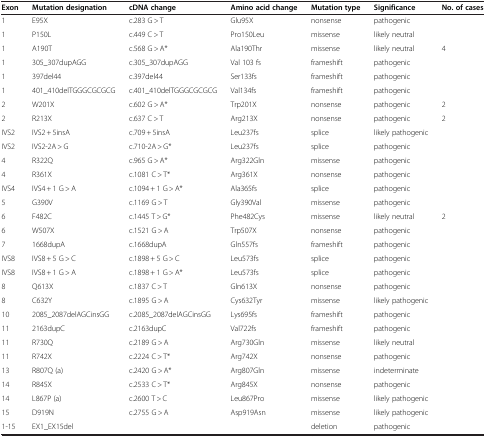
<table><thead><tr><td><b>Exon</b></td><td><b>Mutation designation</b></td><td><b>cDNA change</b></td><td><b>Amino acid change</b></td><td><b>Mutation type</b></td><td><b>Significance</b></td><td><b>No. of cases</b></td></tr></thead><tbody><tr><td>1</td><td>E95X</td><td>c.283 G &gt; T</td><td>Glu95X</td><td>nonsense</td><td>pathogenic</td><td> </td></tr><tr><td>1</td><td>P150L</td><td>c.449 C &gt; T</td><td>Pro150Leu</td><td>missense</td><td>likely neutral</td><td> </td></tr><tr><td>1</td><td>A190T</td><td>c.568 G &gt; A*</td><td>Ala190Thr</td><td>missense</td><td>likely neutral</td><td>4</td></tr><tr><td>1</td><td>305_307dupAGG</td><td>c.305_307dupAGG</td><td>Val 103 fs</td><td>frameshift</td><td>pathogenic</td><td> </td></tr><tr><td>1</td><td>397del44</td><td>c.397del44</td><td>Ser133fs</td><td>frameshift</td><td>pathogenic</td><td> </td></tr><tr><td>1</td><td>401_410delTGGGCGCGCG</td><td>c.401_410delTGGGCGCGCG</td><td>Val134fs</td><td>frameshift</td><td>pathogenic</td><td> </td></tr><tr><td>2</td><td>W201X</td><td>c.602 G &gt; A*</td><td>Trp201X</td><td>nonsense</td><td>pathogenic</td><td>2</td></tr><tr><td>2</td><td>R213X</td><td>c.637 C &gt; T</td><td>Arg213X</td><td>nonsense</td><td>pathogenic</td><td>2</td></tr><tr><td>IVS2</td><td>IVS2 + 5insA</td><td>c.709 + 5insA</td><td>Leu237fs</td><td>splice</td><td>likely pathogenic</td><td> </td></tr><tr><td>IVS2</td><td>IVS2-2A &gt; G</td><td>c.710-2A &gt; G*</td><td>Leu237fs</td><td>splice</td><td>pathogenic</td><td> </td></tr><tr><td>4</td><td>R322Q</td><td>c.965 G &gt; A*</td><td>Arg322Gln</td><td>missense</td><td>pathogenic</td><td> </td></tr><tr><td>4</td><td>R361X</td><td>c.1081 C &gt; T*</td><td>Arg361X</td><td>nonsense</td><td>pathogenic</td><td> </td></tr><tr><td>IVS4</td><td>IVS4 + 1 G &gt; A</td><td>c.1094 + 1 G &gt; A*</td><td>Ala365fs</td><td>splice</td><td>pathogenic</td><td> </td></tr><tr><td>5</td><td>G390V</td><td>c.1169 G &gt; T</td><td>Gly390Val</td><td>missense</td><td>pathogenic</td><td> </td></tr><tr><td>6</td><td>F482C</td><td>c.1445 T &gt; G*</td><td>Phe482Cys</td><td>missense</td><td>likely neutral</td><td>2</td></tr><tr><td>6</td><td>W507X</td><td>c.1521 G &gt; A</td><td>Trp507X</td><td>nonsense</td><td>pathogenic</td><td> </td></tr><tr><td>7</td><td>1668dupA</td><td>c.1668dupA</td><td>Gln557fs</td><td>frameshift</td><td>pathogenic</td><td> </td></tr><tr><td>IVS8</td><td>IVS8 + 5 G &gt; C</td><td>c.1898 + 5 G &gt; C</td><td>Leu573fs</td><td>splice</td><td>pathogenic</td><td> </td></tr><tr><td>IVS8</td><td>IVS8 + 1 G &gt; A</td><td>c.1898 + 1 G &gt; A*</td><td>Leu573fs</td><td>splice</td><td>pathogenic</td><td> </td></tr><tr><td>8</td><td>Q613X</td><td>c.1837 C &gt; T</td><td>Gln613X</td><td>nonsense</td><td>pathogenic</td><td> </td></tr><tr><td>8</td><td>C632Y</td><td>c.1895 G &gt; A</td><td>Cys632Tyr</td><td>missense</td><td>likely pathogenic</td><td> </td></tr><tr><td>10</td><td>2085_2087delAGCinsGG</td><td>c.2085_2087delAGCinsGG</td><td>Lys695fs</td><td>frameshift</td><td>pathogenic</td><td> </td></tr><tr><td>11</td><td>2163dupC</td><td>c.2163dupC</td><td>Val722fs</td><td>frameshift</td><td>pathogenic</td><td> </td></tr><tr><td>11</td><td>R730Q</td><td>c.2189 G &gt; A</td><td>Arg730Gln</td><td>missense</td><td>likely neutral</td><td> </td></tr><tr><td>11</td><td>R742X</td><td>c.2224 C &gt; T*</td><td>Arg742X</td><td>nonsense</td><td>pathogenic</td><td> </td></tr><tr><td>13</td><td>R807Q (a)</td><td>c.2420 G &gt; A*</td><td>Arg807Gln</td><td>missense</td><td>indeterminate</td><td> </td></tr><tr><td>14</td><td>R845X</td><td>c.2533 C &gt; T*</td><td>Arg845X</td><td>nonsense</td><td>pathogenic</td><td> </td></tr><tr><td>14</td><td>L867P (a)</td><td>c.2600 T &gt; C</td><td>Leu867Pro</td><td>missense</td><td>likely pathogenic</td><td> </td></tr><tr><td>15</td><td>D919N</td><td>c.2755 G &gt; A</td><td>Asp919Asn</td><td>missense</td><td>likely pathogenic</td><td> </td></tr><tr><td>1-15</td><td>EX1_EX15del</td><td> </td><td> </td><td>deletion</td><td>pathogenic</td><td> </td></tr></tbody></table>